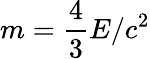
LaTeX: m={\frac{4}{3}}E/c^{2}